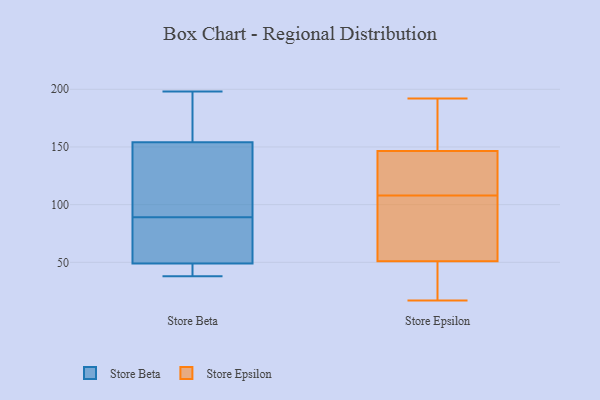
{"axis": {"x": "Demand Index", "y": "Value"}, "legend": ["Store Beta", "Store Epsilon"], "data": [{"x": "", "y": 53, "type": "Store Beta"}, {"x": "", "y": 164, "type": "Store Beta"}, {"x": "", "y": 198, "type": "Store Beta"}, {"x": "", "y": 144, "type": "Store Beta"}, {"x": "", "y": 45, "type": "Store Beta"}, {"x": "", "y": 99, "type": "Store Beta"}, {"x": "", "y": 55, "type": "Store Beta"}, {"x": "", "y": 40, "type": "Store Beta"}, {"x": "", "y": 38, "type": "Store Beta"}, {"x": "", "y": 79, "type": "Store Beta"}, {"x": "", "y": 142, "type": "Store Beta"}, {"x": "", "y": 182, "type": "Store Beta"}, {"x": "", "y": 96, "type": "Store Epsilon"}, {"x": "", "y": 101, "type": "Store Epsilon"}, {"x": "", "y": 125, "type": "Store Epsilon"}, {"x": "", "y": 148, "type": "Store Epsilon"}, {"x": "", "y": 53, "type": "Store Epsilon"}, {"x": "", "y": 40, "type": "Store Epsilon"}, {"x": "", "y": 115, "type": "Store Epsilon"}, {"x": "", "y": 192, "type": "Store Epsilon"}, {"x": "", "y": 186, "type": "Store Epsilon"}, {"x": "", "y": 131, "type": "Store Epsilon"}, {"x": "", "y": 122, "type": "Store Epsilon"}, {"x": "", "y": 51, "type": "Store Epsilon"}, {"x": "", "y": 32, "type": "Store Epsilon"}, {"x": "", "y": 159, "type": "Store Epsilon"}, {"x": "", "y": 82, "type": "Store Epsilon"}, {"x": "", "y": 22, "type": "Store Epsilon"}, {"x": "", "y": 186, "type": "Store Epsilon"}, {"x": "", "y": 51, "type": "Store Epsilon"}, {"x": "", "y": 145, "type": "Store Epsilon"}, {"x": "", "y": 17, "type": "Store Epsilon"}]}